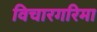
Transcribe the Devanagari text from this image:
विचारगरिमा